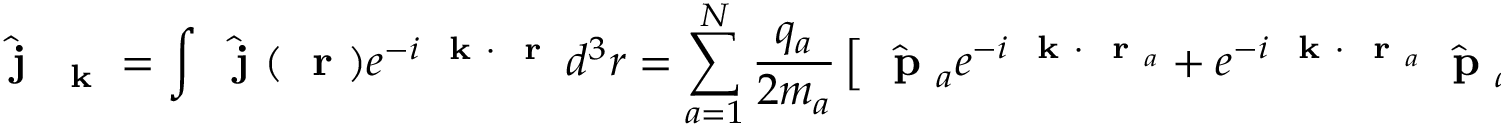
\hat { \mathrm { ~ \bf ~ j ~ } } _ { \mathrm { ~ \bf ~ k ~ } } = \int \hat { \mathrm { ~ \bf ~ j ~ } } ( \mathrm { ~ \bf ~ r ~ } ) e ^ { - i \mathrm { ~ \bf ~ k ~ } \cdot \mathrm { ~ \bf ~ r ~ } } \, d ^ { 3 } r = \sum _ { a = 1 } ^ { N } \frac { q _ { a } } { 2 m _ { a } } \left[ \hat { \mathrm { ~ \bf ~ p ~ } } _ { a } e ^ { - i \mathrm { ~ \bf ~ k ~ } \cdot \mathrm { ~ \bf ~ r ~ } _ { a } } + e ^ { - i \mathrm { ~ \bf ~ k ~ } \cdot \mathrm { ~ \bf ~ r ~ } _ { a } } \hat { \mathrm { ~ \bf ~ p ~ } } _ { a } \right]